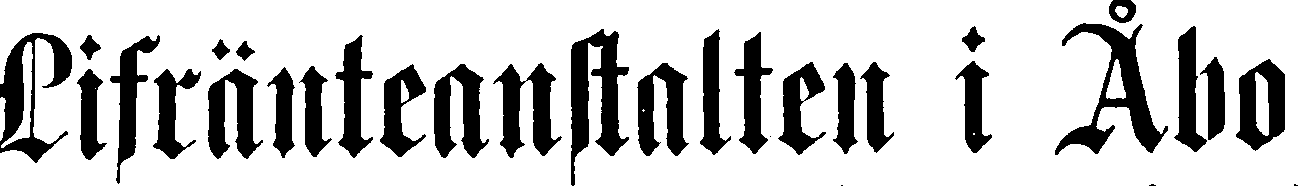
Liftränteanstalten i Åbo